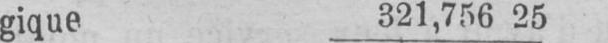
gique 321,756 25